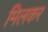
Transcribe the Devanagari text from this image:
मिलकर